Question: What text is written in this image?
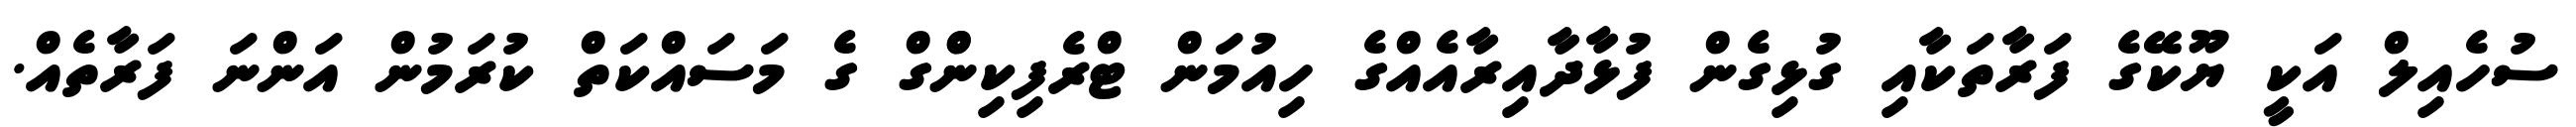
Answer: ސުހެއިލް އަކީ ޔޫކޭގެ ފަރާތަކާއި ގުޅިގެން ފުޅާދާއިރާއެއްގެ ހިއުމަން ޓްރެފިކިންްގް ގެ މަސައްކަތް ކުރަމުން އަންނަ ފަރާތެއް.